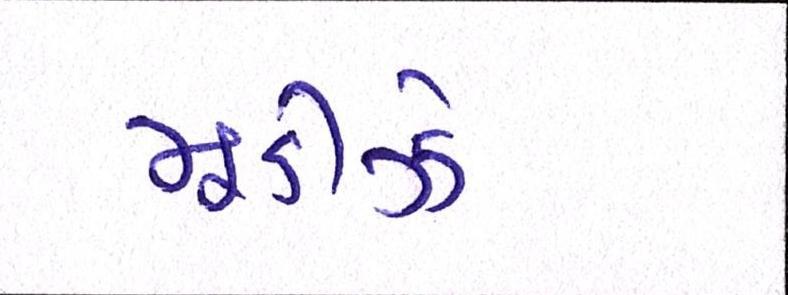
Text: મૂડીઝે